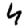
Digit: 4